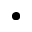
\bullet